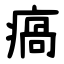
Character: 瘑